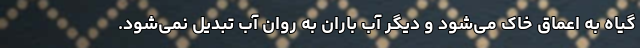
گیاه به اعماق خاک می‌شود و دیگر آب باران به روان آب تبدیل نمی‌شود.